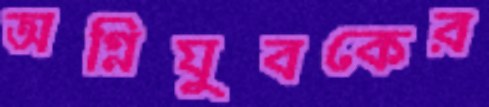
অগ্নিযুবকের